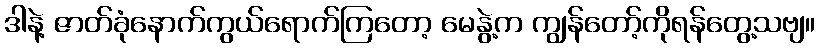
ဒါနဲ့ ဇာတ်ခုံနောက်ကွယ်ရောက်ကြတော့ မေနွဲ့က ကျွန်တော့်ကိုရန်တွေ့သဗျ။